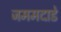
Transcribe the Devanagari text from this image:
जममदाडे